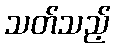
သတ်သည့်